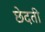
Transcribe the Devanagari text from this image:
छेदती